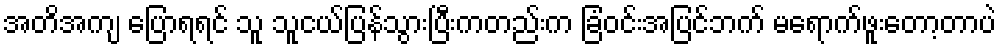
အတိအကျ ပြောရရင် သူ သူငယ်ပြန်သွားပြီးကတည်းက ခြံဝင်းအပြင်ဘက် မရောက်ဖူးတော့တာပဲ